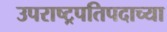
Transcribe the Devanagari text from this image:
उपराष्ट्रपतिपदाच्या